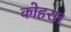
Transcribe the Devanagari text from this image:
कोहरा।